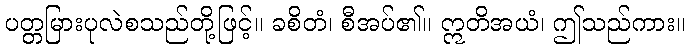
ပတ္တမြားပုလဲစသည်တို့ဖြင့်။ ခစိတံ၊ စီအပ်၏။ ဣတိအယံ၊ ဤသည်ကား။